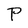
Character: P